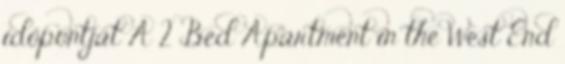
időpontját A 2 Bed Apartment in the West End